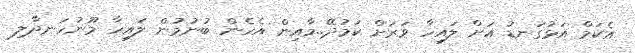
އެކަމް އަޅުގަނޑު އަށް ލައިހާ ވަރަށް ކަމުދޭ..މާއިން އެހެން ބުނުމުން ލައިހާ މޫނުހަނދާލި